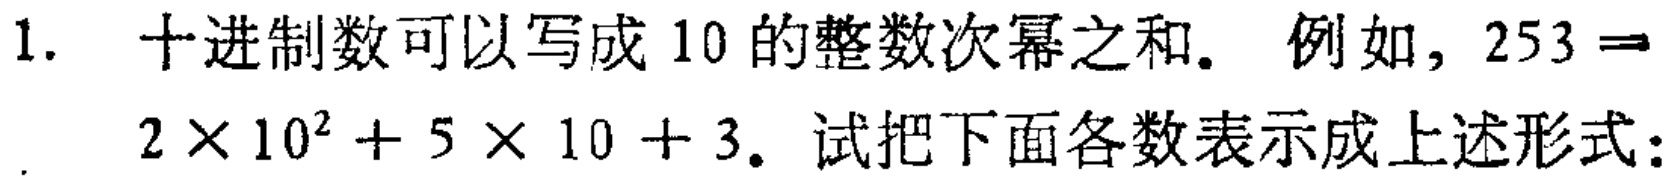
1. 十进制数可以写成 10 的整数次幂之和. 例如, \(253 = 2\times 10^{2}+5\times 10 + 3\). 试把下面各数表示成上述形式: